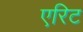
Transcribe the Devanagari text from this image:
एरिट